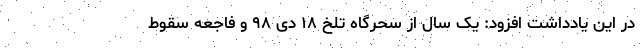
در این یادداشت افزود: یک سال از سحرگاه تلخ ۱۸ دی ۹۸ و فاجعه سقوط